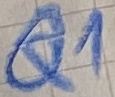
Text: Q1